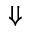
\Downarrow